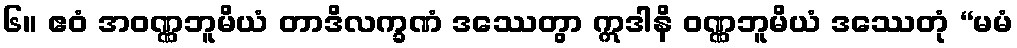
၆။ ဧဝံ အဝဏ္ဏဘူမိယံ တာဒိလက္ခဏံ ဒဿေတွာ ဣဒါနိ ဝဏ္ဏဘူမိယံ ဒဿေတုံ “မမံ